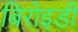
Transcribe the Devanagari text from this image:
बिरोइडी